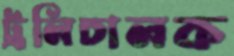
ট্রলিচালক